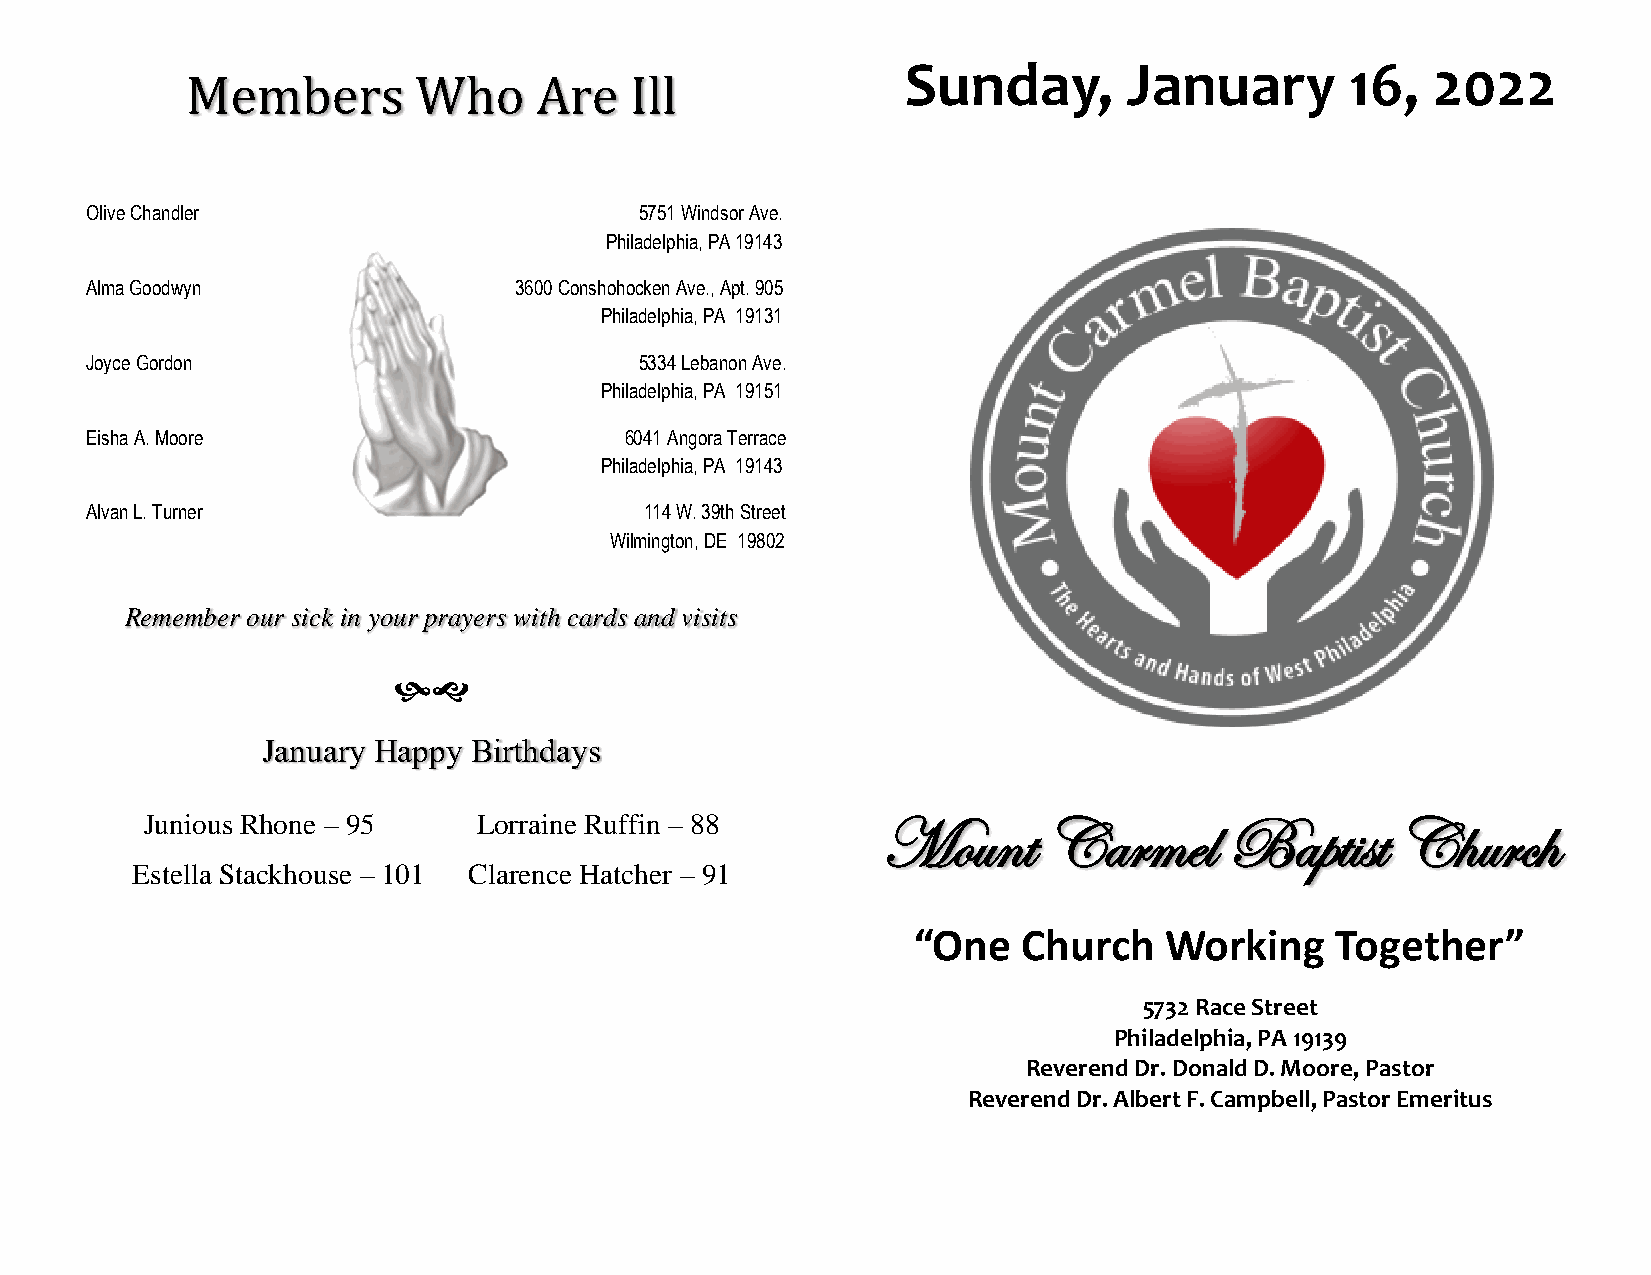
Sunday,        January       16,   2022
 Members        Who     Are    Ill
 Olive Chandler                      5751 Windsor Ave.
 Philadelphia, PA 19143
 Alma Goodwyn                3600 Conshohocken Ave., Apt. 905
 Philadelphia, PA 19131
 Joyce Gordon                        5334 Lebanon Ave.
 Philadelphia, PA 19151
 Eisha A. Moore                     6041 Angora Terrace
 Philadelphia, PA 19143
 Alvan L. Turner                      114 W. 39th Street
 Wilmington, DE 19802
 Remember our sick in your prayers with cards and visits
 
 January Happy Birthdays
 Junious Rhone – 95    Lorraine Ruffin – 88
 Mount      Carmel      Baptist    Church
 Estella Stackhouse – 101 Clarence Hatcher – 91
 “One    Church   Working    Together”
 5732 Race Street
 Philadelph ia, PA 19139
 Reverend Dr. Donald D. Moore, Pastor
 Reverend Dr. Albert F. Campbell, Pastor Emeritus